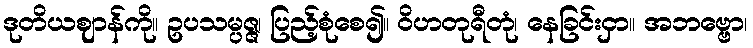
ဒုတိယဈာန်ကို။ ဥပသမ္ပဇ္ဇ၊ ပြည့်စုံစေ၍။ ဝိဟတုရီတုံ၊ နေခြင်းငှာ။ အဘဗ္ဗော၊